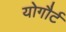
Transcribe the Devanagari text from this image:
योगौर्ट